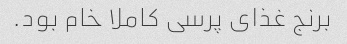
برنج غذای پرسی کاملا خام بود.